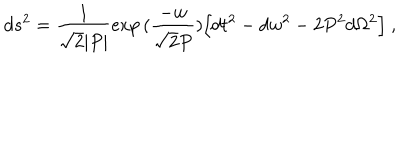
d s ^ { 2 } = { \frac { 1 } { \sqrt { 2 } | P | } } \mathrm { e x p } \, ( { \frac { - w } { \sqrt { 2 } P } } ) \Bigl [ d t ^ { 2 } - d w ^ { 2 } - 2 P ^ { 2 } d \Omega ^ { 2 } \Bigr ] \ ,